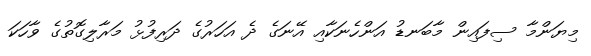
މިޔަންމާ ސިފައިން މާބަނޑު އަންހެނަކާއި އޭނަގެ ދެ އަހަރުގެ ދަރިފުޅު މަރާލިގޮތުގެ ވާހަކަ